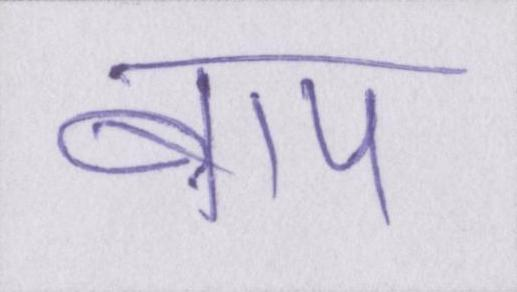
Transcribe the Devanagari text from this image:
बाप